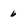
Character: 6